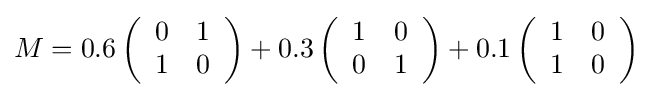
M=0.6\left({\begin{array}{cc}0&1\\1&0\end{array}}\right)+0.3\left({\begin{array}{cc}1&0\\0&1\end{array}}\right)+0.1\left({\begin{array}{cc}1&0\\1&0\end{array}}\right)